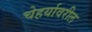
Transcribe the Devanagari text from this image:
चेहर्यावरील